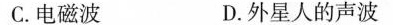
C.电磁波 D.外星人的声波